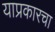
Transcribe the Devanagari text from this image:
याप्रकारचा